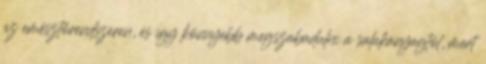
az emésztőrendszeren, és így könnyebb megszabadulni a salakanyagtól, mert